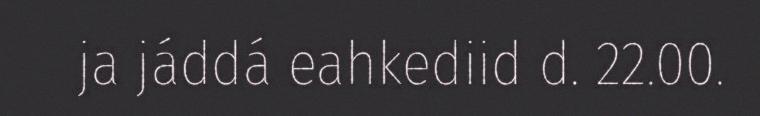
ja jáddá eahkediid d. 22.00.